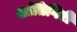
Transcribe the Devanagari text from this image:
शांतिगिरी